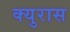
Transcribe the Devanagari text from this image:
क्युरास